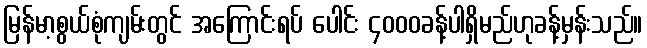
မြန်မာ့စွယ်စုံကျမ်းတွင် အကြောင်းရပ် ပေါင်း ၄၀၀၀ခန့်ပါရှိမည်ဟုခန့်မှန်းသည်။